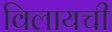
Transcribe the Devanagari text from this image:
विलायची